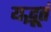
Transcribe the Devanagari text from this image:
यद्भूतं